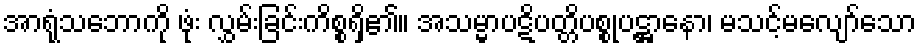
အာရုံသဘောကို ဖုံး လွှမ်းခြင်းကိစ္စရှိ၏။ အသမ္မာပဋိပတ္တိပစ္စုပဋ္ဌာနော၊ မသင့်မလျော်သော